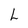
Character: L